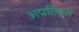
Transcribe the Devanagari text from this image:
अप्रतिदत्त